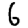
Digit: 6